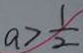
a > \frac { 1 } { 2 }